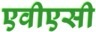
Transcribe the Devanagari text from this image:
एवीएसी